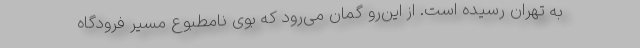
به تهران رسیده است. از این‌رو گمان می‌رود که بوی نامطبوع مسیر فرودگاه